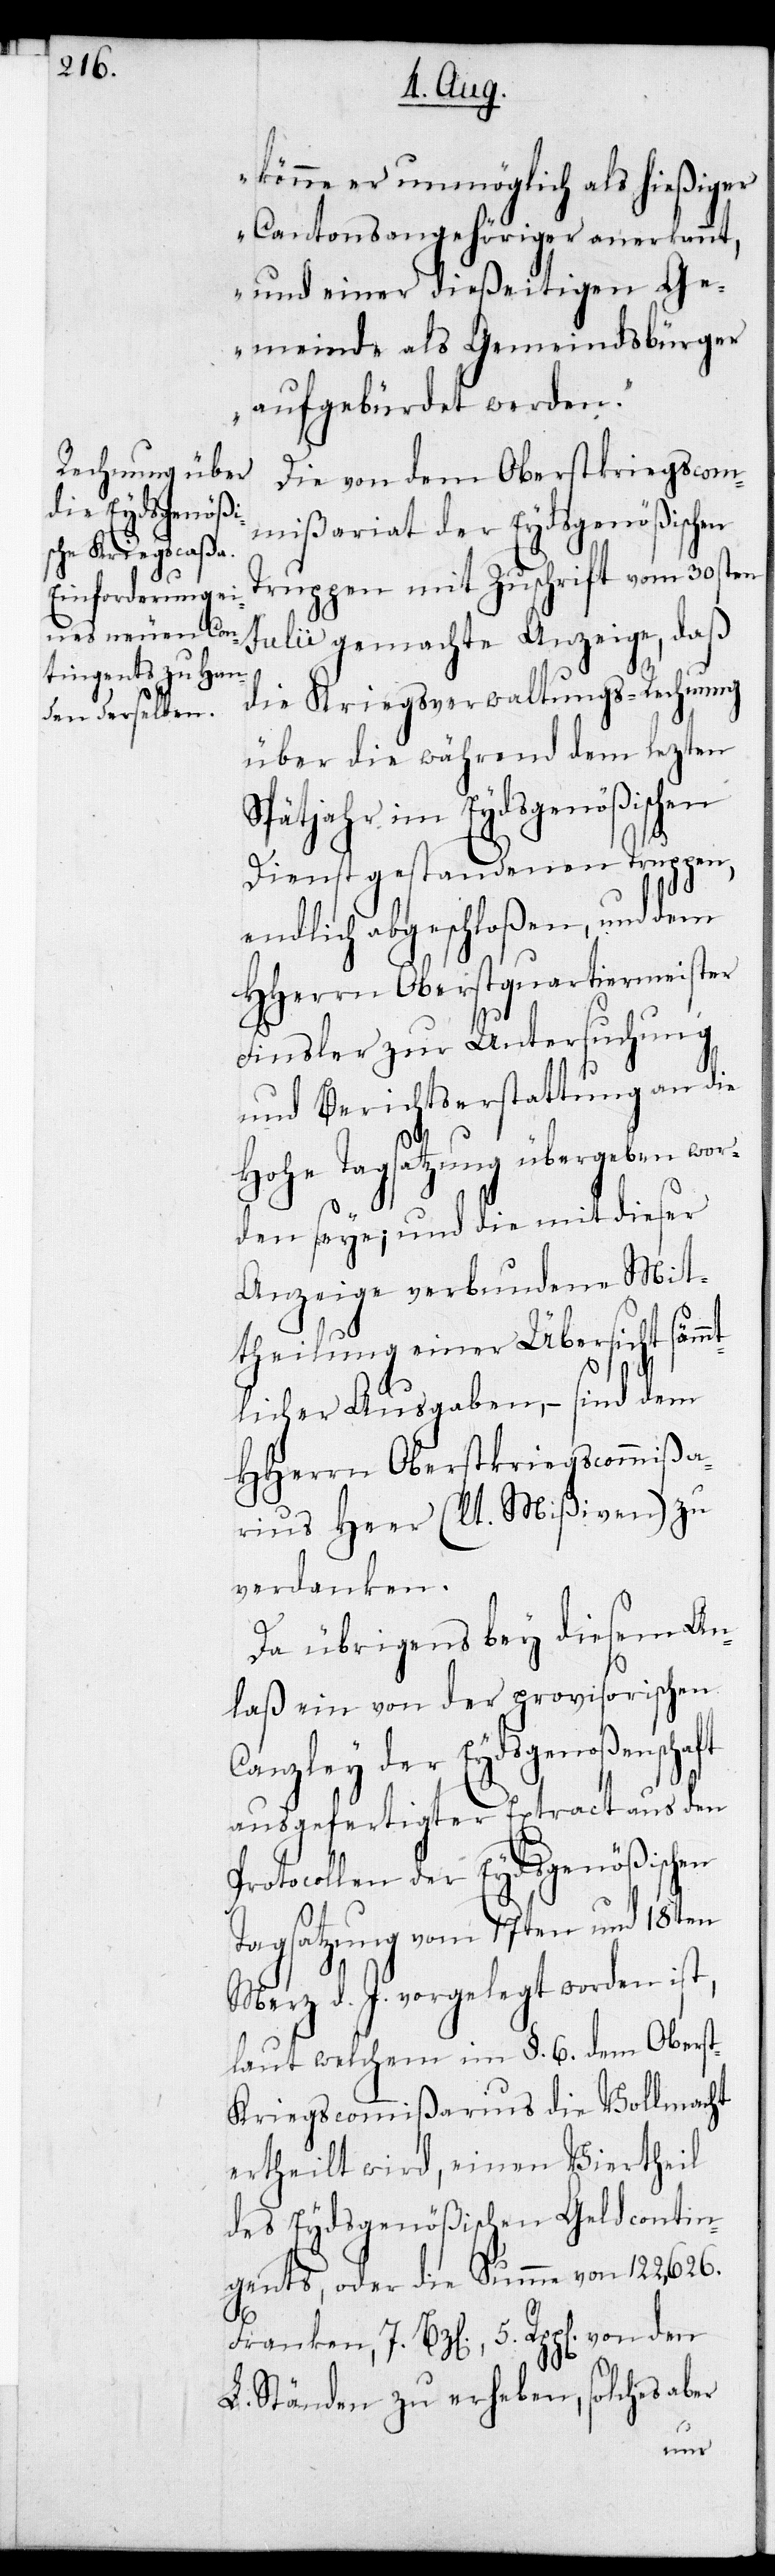
könne er unmöglich als hießiger
Cantonsangehöriger anerkannt,
und einer dießeitigen Ge¬
meinde als Gemeindsbürger
aufgebürdet werden.“
Die von dem Oberstkriegscom¬
mißariat der Eydsgenößischen
Truppen mit Zuschrift vom 30sten
Julii gemachte Anzeige, daß
die Kreigsverwaltungs-Rechnung
über die während dem lezten
Spätjahr im Eydsgenößischen
Dienst gestandenen Truppen,
endlich abgeschloßen, und dem
HHerrn Oberstquartiermeister
Finsler zur Untersuchung
und Berichtserstattung an die
Hohe Tagsatzung übergeben wor¬
den seye; und die mit dieser
Anzeige verbundene Mit¬
theilung einer Übersicht säm¬
mtlicher Ausgaben, – sind dem
HHerrn Oberstkriegscommißa¬
rius Heer (lt. Mißiven) zu
verdanken.
Da übrigens bey diesem An¬
laß ein von der provisorischen
Canzley der Eydsgenoßenschaft
ausgefertigter Extract aus den
Protocollen der Eydsgenößischen
Tagsatzung vom 17ten und 18ten
Merz d. J. vorgelegt worden ist,
laut welchem im §. 6. dem Obers¬
t-Kriegscommißarius die Vollmacht
ertheilt wird, einen Viertheil
des Eydsgenößischen Geldcontin¬
gents, oder die Summe von 122,626.
Franken, 7. Bz[en], 5. Rpp[en] von
L. Ständen zu erheben, solches aber